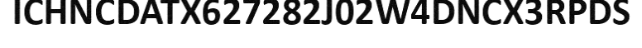
ICHNCDATX627282J02W4DNCX3RPDS